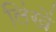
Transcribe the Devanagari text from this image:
लिंखें